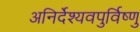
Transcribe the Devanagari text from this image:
अनिर्देश्यवपुर्विष्णु